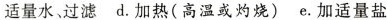
适量水、过滤 d.加热(高温或灼烧) e.加适量盐